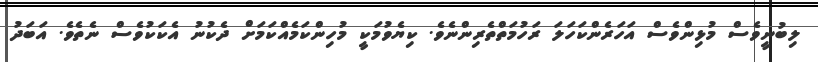
ލިބުނީވެސް މުޅިންވެސް އަހަރެންކަހަލަ ރަހުމަތްތެރިންނެވެ. ކިޔެވުމަކީ މުހިންކަމެއްކަމަށް ދެކުނު އެކަކުވެސް ނެތެވެ. އަބަދު